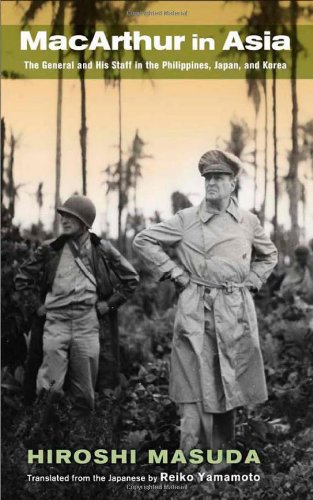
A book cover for MacArthur in Asia: The General and His Staff in the Philippines, Japan, and Korea; Hiroshi Masuda; History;